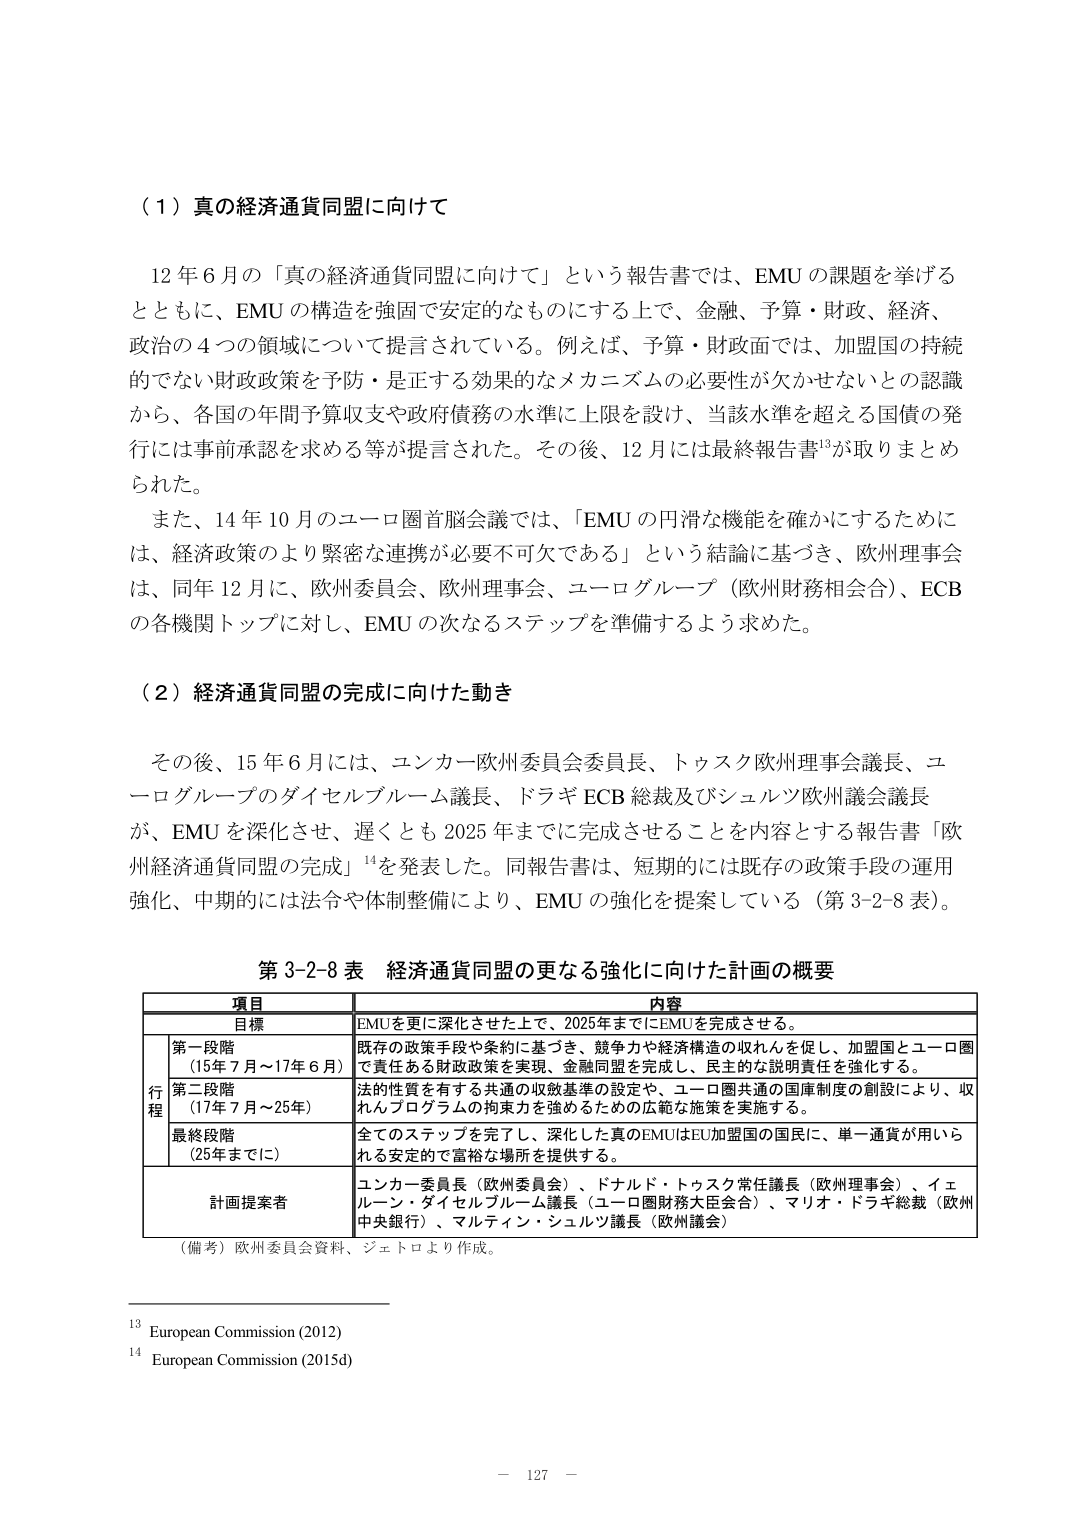
（１）真の経済通貨同盟に向けて

12年6月の「真の経済通貨同盟に向けて」という報告書では、EMUの課題を挙げるとともに、EMUの構造を強固で安定的なものにする上で、金融・予算・財政・経済・政治の4つの領域について提言されている。例えば、予算・財政面では、加盟国の持続的でない財政政策を予防・是正する効果的なメカニズムの必要性が欠かせないととの認識から、各国の年間予算収支や政府債務の水準に上限を設け、当該水準を超える国債の発行には事前承認を求める等が提言された。その後、12月には最終報告書¹³が取りまとめられた。

また、14年10月のユーロ圏首脳会議では、「EMUの円滑な機能を確かにするためには、経済政策のより緊密な連携が必要不可欠である」という結論に基づき、欧州理事会は、同年12月に、欧州委員会、欧州理事会、ユーログループ（欧州財務相会合）、ECBの各機関トップに対し、EMUの次なるステップを準備するよう求めた。

（２）経済通貨同盟の完成に向けた動き

その後、15年6月には、ユンカー欧州委員会委員長、トゥスク欧州理事会議長、ユーログループのダイセルブルーム議長、ドラギECB総裁及びシュルツ欧州議会議長が、EMUを深化させ、遅くとも2025年までに完成させることを内容とする報告書「欧州経済通貨同盟の完成」¹⁴を発表した。同報告書は、短期的には既存の政策手段の運用強化、中期的には法令や体制整備により、EMUの強化を提案している（第3-2-8表）。

第3-2-8表 経済通貨同盟の更なる強化に向けた計画の概要

| 項目 | 内容 |
|------|------|
| 目標 | EMUを更に深化させた上で、2025年までにEMUを完成させる。 |
| 行程 | 第一段階<br>（15年7月～17年6月） | 既存の政策手段や条約に基づき、競争力や経済構造の収れんを促し、加盟国とユーロ圏で責任ある財政政策を実現、金融同盟を完成し、民主的な説明責任を強化する。 |
| | 第二段階<br>（17年7月～25年） | 法的性質を有する共通の収斂基準の設定や、ユーロ圏共通の国庫制度の創設により、収れんプログラムの拘束力を強めるための広範な施策を実施する。 |
| | 最終段階<br>（25年までに） | 全てのステップを完了し、深化した真のEMUはEU加盟国の国民に、単一通貨が用いられる安定的で富裕な場所を提供する。 |
| 計画提案者 | ユンカー委員長（欧州委員会）、ドナルド・トゥスク常任議長（欧州理事会）、イェルーン・ダイセルブルーム議長（ユーロ圏財務大臣会合）、マリオ・ドラギ総裁（欧州中央銀行）、マルティン・シュルツ議長（欧州議会） |

（備考）欧州委員会資料、ジェトロより作成。

¹³ European Commission (2012)
¹⁴ European Commission (2015d)

－ 127 －